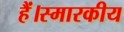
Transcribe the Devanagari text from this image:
हैं।स्मारकीय